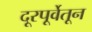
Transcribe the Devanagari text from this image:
दूरपूर्वेतून